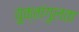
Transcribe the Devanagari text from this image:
युक्तांगुलता